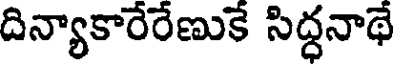
దిన్యాకారేరేణుకే సిద్ధనాథే